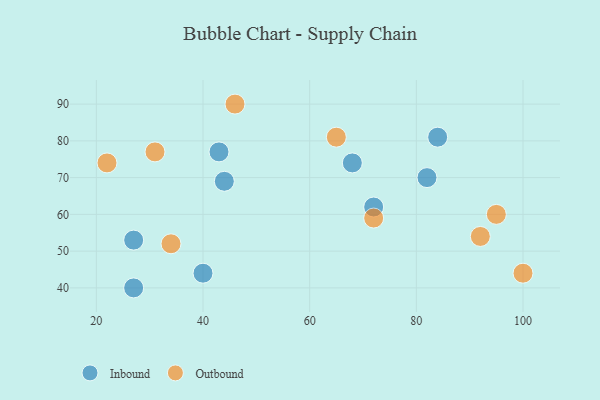
{"axis": {"x": "GDP", "y": "Life Expectancy"}, "legend": ["Inbound", "Outbound"], "data": [{"x": "82", "y": 70, "type": "Inbound"}, {"x": "84", "y": 81, "type": "Inbound"}, {"x": "27", "y": 53, "type": "Inbound"}, {"x": "40", "y": 44, "type": "Inbound"}, {"x": "43", "y": 77, "type": "Inbound"}, {"x": "68", "y": 74, "type": "Inbound"}, {"x": "27", "y": 40, "type": "Inbound"}, {"x": "72", "y": 62, "type": "Inbound"}, {"x": "44", "y": 69, "type": "Inbound"}, {"x": "95", "y": 60, "type": "Outbound"}, {"x": "65", "y": 81, "type": "Outbound"}, {"x": "22", "y": 74, "type": "Outbound"}, {"x": "72", "y": 59, "type": "Outbound"}, {"x": "100", "y": 44, "type": "Outbound"}, {"x": "31", "y": 77, "type": "Outbound"}, {"x": "34", "y": 52, "type": "Outbound"}, {"x": "46", "y": 90, "type": "Outbound"}, {"x": "92", "y": 54, "type": "Outbound"}]}